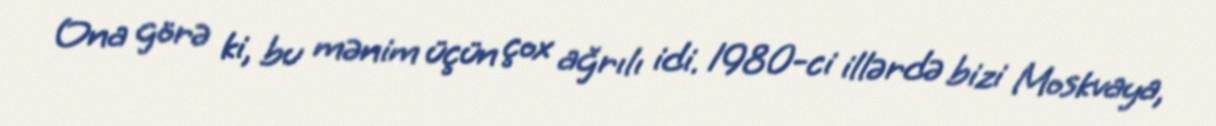
Ona görə ki, bu mənim üçün çox ağrılı idi. 1980-ci illərdə bizi Moskvaya,